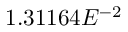
1 . 3 1 1 6 4 E ^ { - 2 }